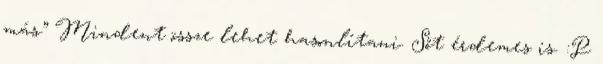
más.” Mindent össze lehet hasonlítani. Sőt érdemes is. :P